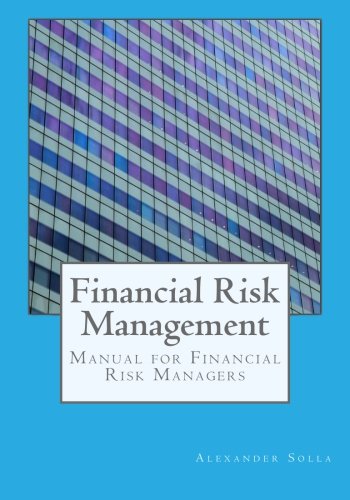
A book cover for Financial Risk Management: Manual for Financial Risk Managers; Alexander Solla; Business & Money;